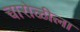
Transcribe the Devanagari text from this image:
चारोळीला